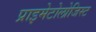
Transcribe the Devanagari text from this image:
प्राइमेटोलोजिस्ट